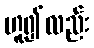
ဟူ၍လည်း